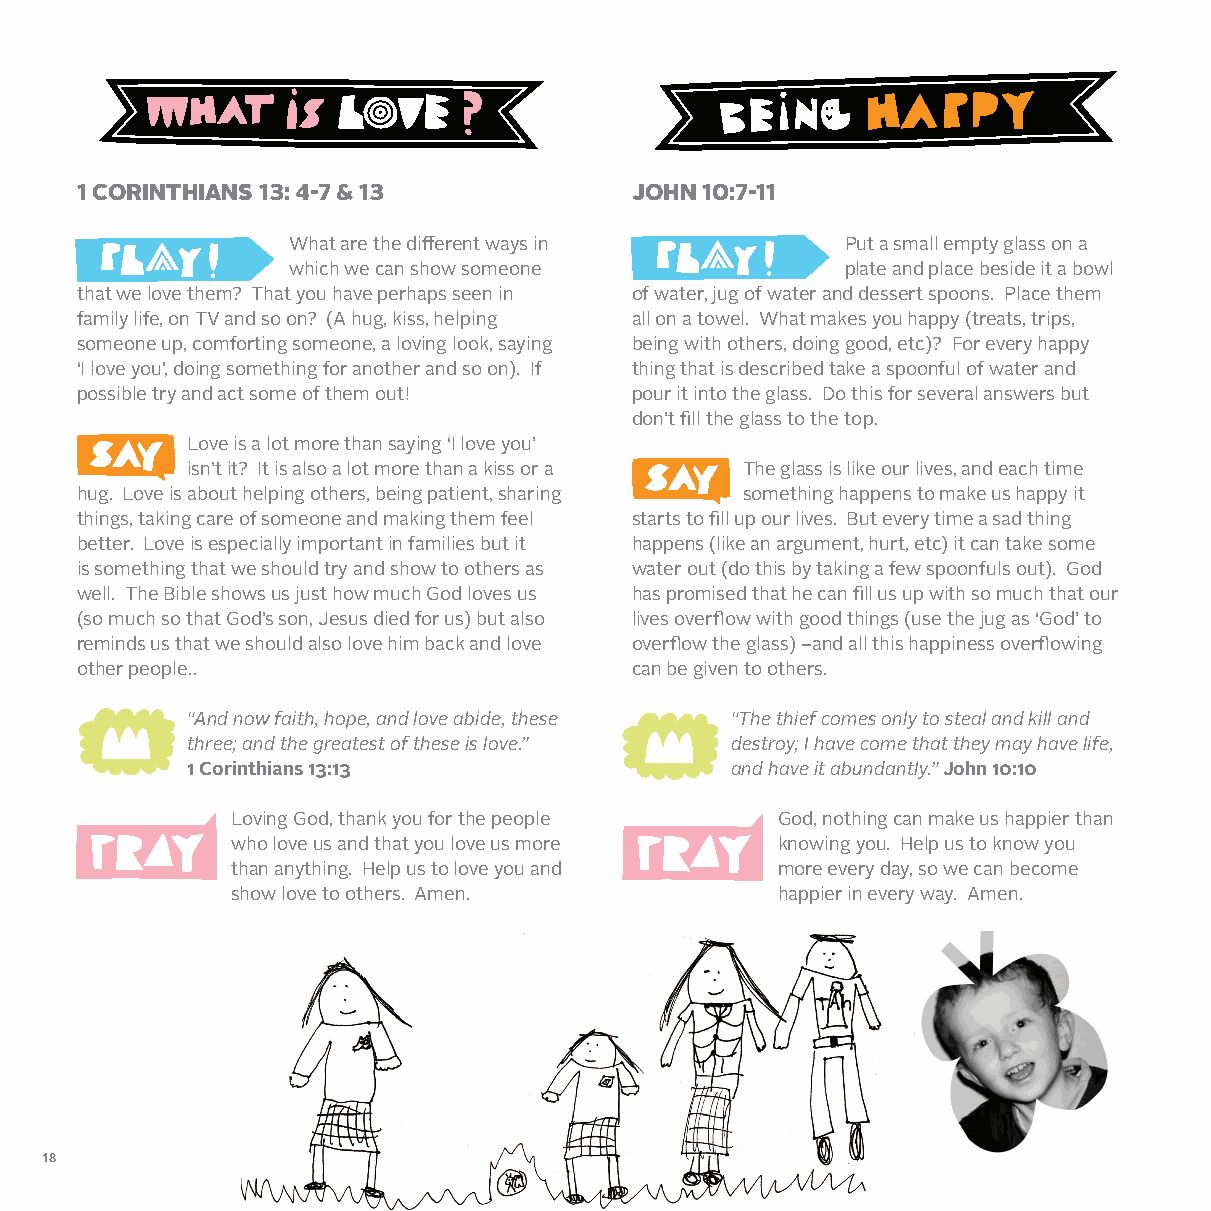
1 CORINTHIANS 13: 4-7 & 13           JOHN 10:7-11
 What are the different ways in       Put a small empty glass on a
 which we can show someone            plate and place beside it a bowl
 that we love them? That you have perhaps seen in of water, jug of water and dessert spoons. Place them
 family life, on TV and so on? (A hug, kiss, helping all on a towel. What makes you happy (treats, trips,
 someone up, comforting someone, a loving look, saying being with others, doing good, etc)? For every happy
 ‘I love you’, doing something for another and so on). If thing that is described take a spoonful of water and
 possible try and act some of them out! pour it into the glass. Do this for several answers but
 don’t fill the glass to the top.
 Love is a lot more than saying ‘I love you’
 isn’t it? It is also a lot more than a kiss or a The glass is like our lives, and each time
 hug. Love is about helping others, being patient, sharing something happens to make us happy it
 things, taking care of someone and making them feel starts to fill up our lives. But every time a sad thing
 better. Love is especially important in families but it happens (like an argument, hurt, etc) it can take some
 is something that we should try and show to others as water out (do this by taking a few spoonfuls out). God
 well. The Bible shows us just how much God loves us has promised that he can fill us up with so much that our
 (so much so that God’s son, Jesus died for us) but also lives overflow with good things (use the jug as ‘God’ to
 reminds us that we should also love him back and love overflow the glass) –and all this happiness overflowing
 other people..                       can be given to others.
 “And now faith, hope, and love abide, these “The thief comes only to steal and kill and
 three; and the greatest of these is love.” destroy; I have come that they may have life,
 1 Corinthians 13:13                 and have it abundantly.” John 10:10
 Loving God, thank you for the people God, nothing can make us happier than
 who love us and that you love us more knowing you. Help us to know you
 than anything. Help us to love you and more every day, so we can become
 show love to others. Amen.          happier in every way. Amen.
 18